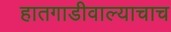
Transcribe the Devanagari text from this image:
हातगाडीवाल्याचाच